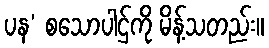
ပန’ စသောပါဌ်ကို မိန့်သတည်း။